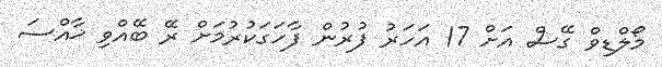
މޯލްޑިވް ގޭސް އަށް 17 އަހަރު ފުރުން ފާހަގަކުރުމަށް ރޭ ބޭއްވި ޚާއްސަ